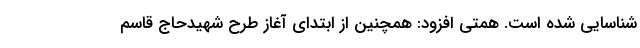
شناسایی شده است. همتی افزود: همچنین از ابتدای آغاز طرح شهیدحاج قاسم